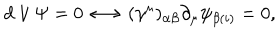
LaTeX: d \vee \Psi = 0 \longleftrightarrow ( \gamma ^ { \mu } ) _ { \alpha \beta } \partial _ { \mu } \psi _ { \beta ( i ) } = 0 ,